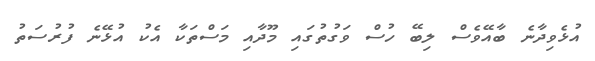
އުޅެވިދާނެ ބާއޭވެސް ލިބޭ ހުސް ވަގުތުގައި މޫދާއި މަސްތަކާ އެކު އުޅޭނެ ފުރުސަތު